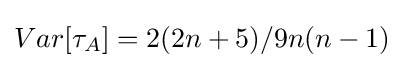
{\textstyle Var[\tau _{A}]=2(2n+5)/9n(n-1)}